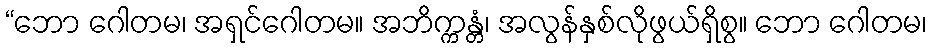
“ဘော ဂေါတမ၊ အရှင်ဂေါတမ။ အဘိက္ကန္တံ၊ အလွန်နှစ်လိုဖွယ်ရှိစွ။ ဘော ဂေါတမ၊